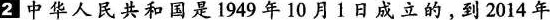
2中华人民共和国是1949年10月1日成立的，到2014年